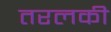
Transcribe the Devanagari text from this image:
तरलकी